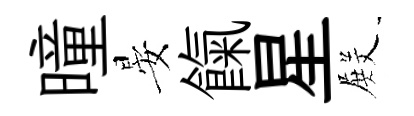
曈晏餼星𭮺